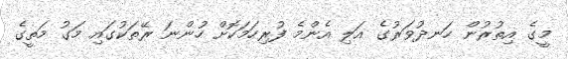
މީގެ އިތުރުން ހަނދުވަރުގެ އަލި އެންމެ ފުރިހަމަކޮށް ހުންނަ ރޭތަކުގައި މަގު މަތީގެ